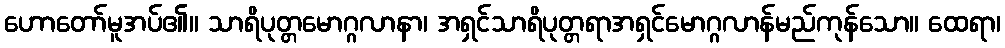
ဟောတော်မူအပ်၏။ သာရိပုတ္တမောဂ္ဂလာနာ၊ အရှင်သာရိပုတ္တရာအရှင်မောဂ္ဂလာန်မည်ကုန်သော။ ထေရာ၊